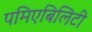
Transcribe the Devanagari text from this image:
पमिएबिलिटी